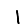
Digit: 1